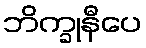
ဘိက္ခုနီပေ